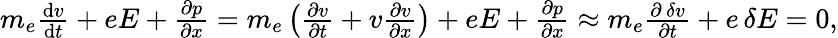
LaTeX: \begin{array}{r}{m_{e}\frac{\textrm{d}v}{\textrm{d}t}+eE+\frac{\partial p}{\partial x}=m_{e}\left(\frac{\partial v}{\partial t}+v\frac{\partial v}{\partial x}\right)+eE+\frac{\partial p}{\partial x}\approx m_{e}\frac{\partial\, \delta v}{\partial t}+e\, \delta E=0,}\end{array}